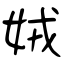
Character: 娀